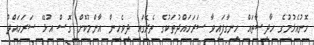
ހޮނުއެޅުމުގެ ހާދިސާތައް ހިނގާފައިވާ ސަރަހައްދުތަކުގެ ތެރޭގައި ދިވެހިން އާންމުކޮށް ގޮސް އުޅޭ ސަރަހައްދު